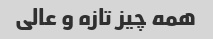
همه چیز تازه و عالی